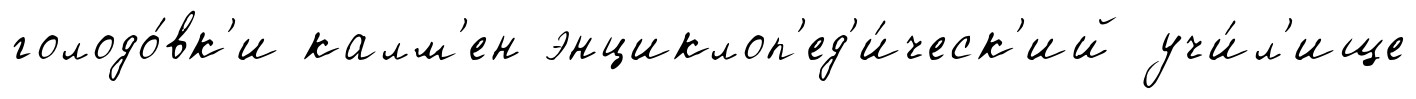
голодо́вк'и калм'ен энциклоп'ед'и́ческ'ий учи́л'ище